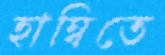
হাম্বিতে